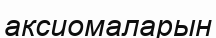
аксиомаларын